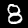
Digit: 8